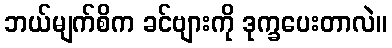
ဘယ်မျက်စိက ခင်ဗျားကို ဒုက္ခပေးတာလဲ။